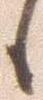
候